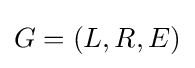
G=(L,R,E)